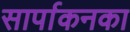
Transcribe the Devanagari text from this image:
सार्पाकनका